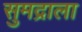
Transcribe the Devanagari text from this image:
सुमद्राला